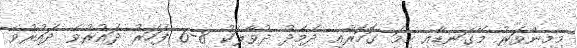
މިމިންވަރު މޭގަނޑާއި ހިމަ ގޮހޮރާއި ދެމެދު ދުވާލަކު 8-6 ފަހަރު ދައުރުވެ ދައުރުވެ